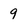
Character: 9